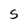
Character: S